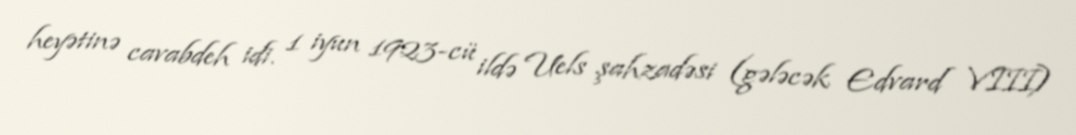
heyətinə cavabdeh idi. 1 iyun 1923-cü ildə Uels şahzadəsi (gələcək Edvard VIII)